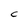
Character: C